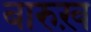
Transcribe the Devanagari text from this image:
बारुख़